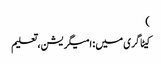
)
کیٹاگری میں : امیگریشن، تعلیم